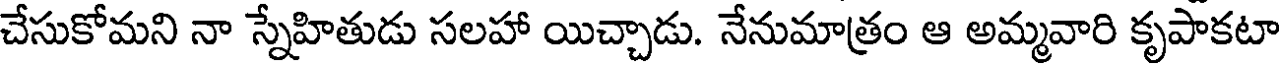
చేసుకోమని నా స్నేహితుడు సలహా యిచ్చాడు. నేనుమాత్రం ఆ అమ్మవారి కృపాకటా